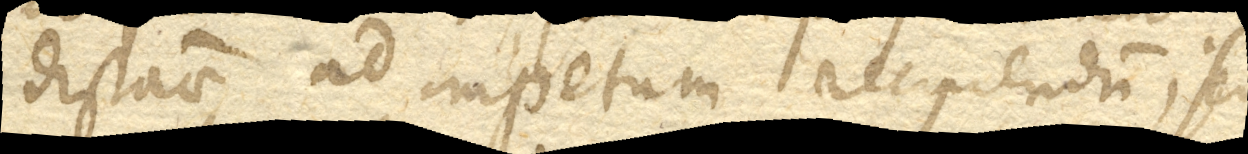
distantiae ad impetum recipiendum; sed